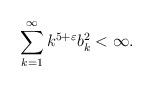
LaTeX: \begin{align*} \sum_{k=1}^\infty k^{5+\varepsilon} b_k^2<\infty .\end{align*}